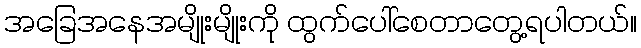
အခြေအနေအမျိုးမျိုးကို ထွက်ပေါ်စေတာတွေ့ရပါတယ်။